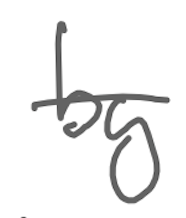
Text: by
Cross-out: single-line
Writing tool: digital_gray